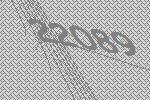
22089